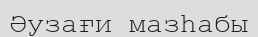
Әузағи мазһабы